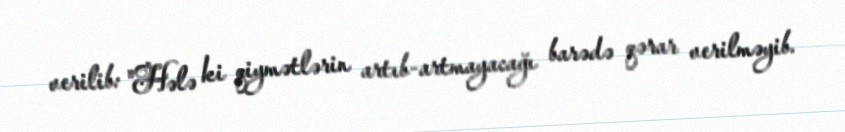
verilib: "Hələ ki qiymətlərin artıb-artmayacağı barədə qərar verilməyib.